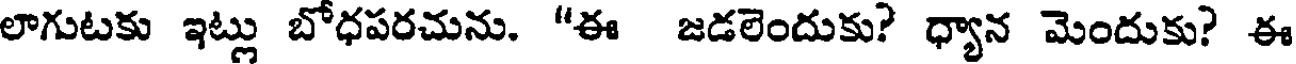
లాగుటకు ఇట్లు బోధపరచును. "ఈ జడలెందుకు? ధ్యాన మెందుకు? ఈ